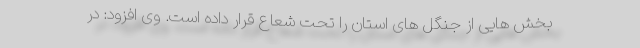
بخش هایی از جنگل های استان را تحت شعاع قرار داده است. وی افزود: در